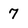
Character: 7